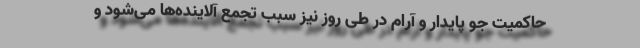
حاکمیت جو پایدار و آرام در طی روز نیز سبب تجمع آلاینده‌ها می‌شود و